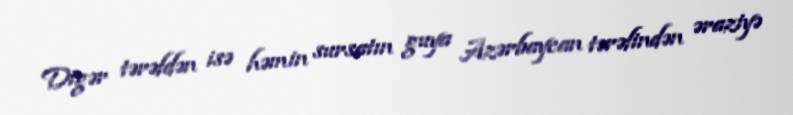
Digər tərəfdən isə həmin sursatın guya Azərbaycan tərəfindən əraziyə